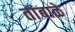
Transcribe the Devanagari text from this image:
तांबाळे